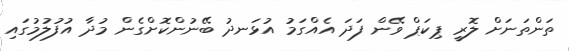
ތަންތަނަށް ލޮރީ ޕިކަޕް ވޭން ފަދަ އެއްގަމު އުޅަނދު ބޭނުންކޮށްގެން މުދާ އުފުލުމުގައި